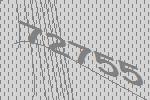
72755